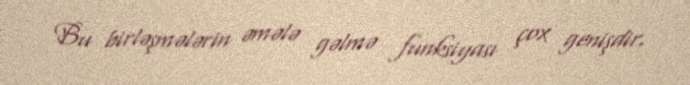
Bu birləşmələrin əmələ gəlmə funksiyası çox genişdir.